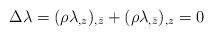
LaTeX: \begin{align*}\Delta\lambda=(\rho \lambda_{,z})_{,\bar z} + (\rho \lambda_{,\bar z})_{,z} = 0 \end{align*}